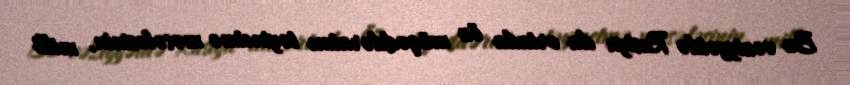
Bu vəziyyətdə Rusiya da ortada öz müqəddəratını təyinetmə məsələsinin, milli